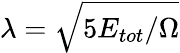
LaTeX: \lambda=\sqrt{5E_{tot}/\Omega}